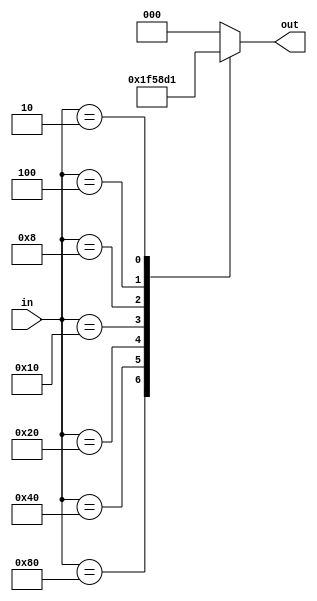
module priority_encoder (
  input [7:0] in,
  output reg [2:0] out
);

always @(*) begin
  case(in)
    8'b10000000: out = 3'b111; // I7 has highest priority
    8'b01000000: out = 3'b110;
    8'b00100000: out = 3'b101;
    8'b00010000: out = 3'b100;
    8'b00001000: out = 3'b011;
    8'b00000100: out = 3'b010;
    8'b00000010: out = 3'b001;
    8'b00000001: out = 3'b000; // I0 has lowest priority
    default: out = 3'b000; // default output when no input is present
  endcase
end

endmodule